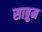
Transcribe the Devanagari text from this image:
साब्रुम